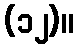
(၁၂)။